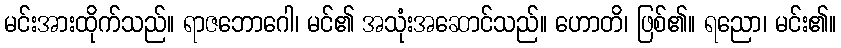
မင်းအားထိုက်သည်။ ရာဇဘောဂေါ၊ မင်၏ အသုံးအဆောင်သည်။ ဟောတိ၊ ဖြစ်၏။ ရညော၊ မင်း၏။